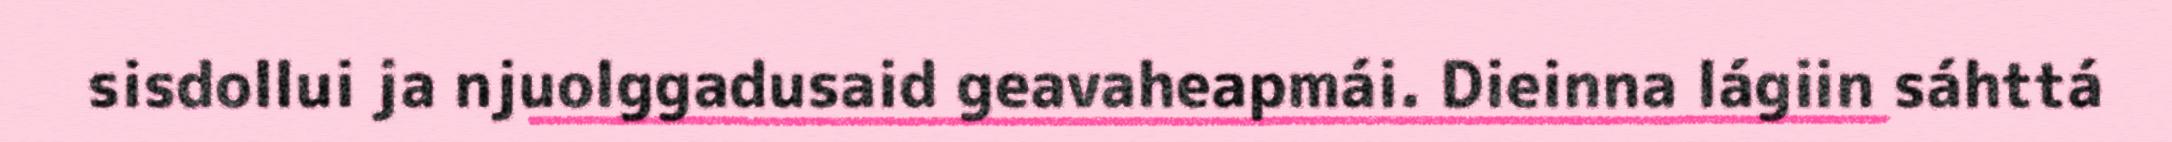
sisdollui ja njuolggadusaid geavaheapmái. Dieinna lágiin sáhttá